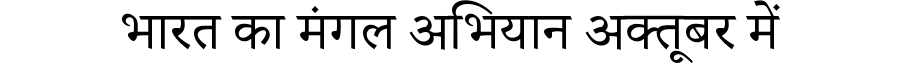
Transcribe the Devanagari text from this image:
भारत का मंगल अभियान अक्तूबर में